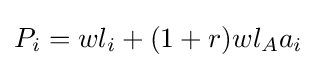
P_{i}=wl_{i}+(1+r)wl_{A}a_{i}